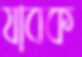
যাবক